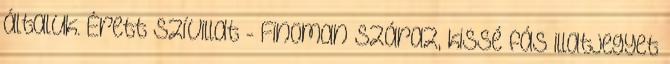
általuk. Érett szívillat - Finoman száraz, kissé fás illatjegyet